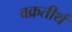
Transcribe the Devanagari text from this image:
वक्रतीर्थ